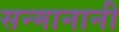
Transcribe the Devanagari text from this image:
सन्मानानी